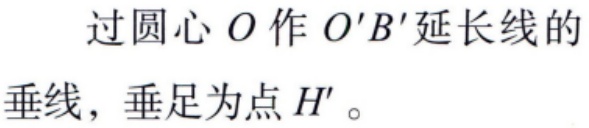
过圆心\(O\)作\(O'B'\)延长线的垂线，垂足为点\(H'\)。